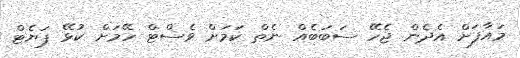
މައާފަށް އެދެން ޖެހޭ ސަބަބެއް ނެތް ކަމަށް ވެސްޓް ހޭމަށް ކުޅޭ ޕަޔެޓް